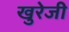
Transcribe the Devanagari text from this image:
खुरेजी